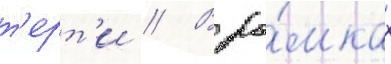
т'ерт'и // В ра́мках